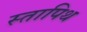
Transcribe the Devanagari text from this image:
स्तापिथ